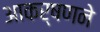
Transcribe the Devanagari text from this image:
आकर्षणने